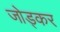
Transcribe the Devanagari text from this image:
जोड्कर